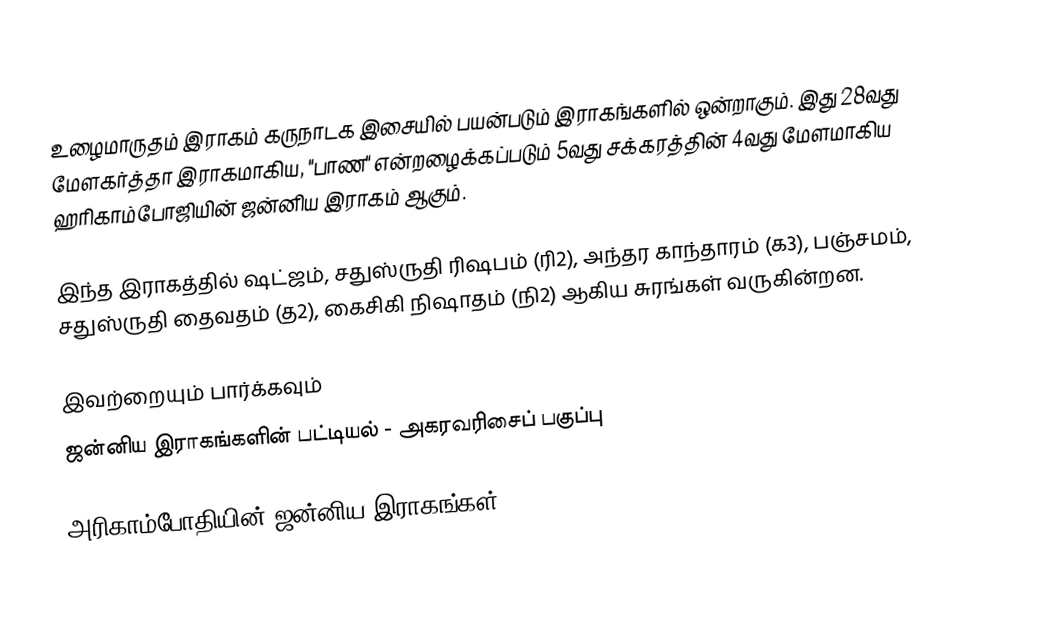
உழைமாருதம் இராகம் கருநாடக இசையில் பயன்படும் இராகங்களில் ஒன்றாகும். இது 28வது மேளகர்த்தா இராகமாகிய, "பாண" என்றழைக்கப்படும் 5வது சக்கரத்தின் 4வது மேளமாகிய ஹரிகாம்போஜியின் ஜன்னிய இராகம் ஆகும்.

இந்த இராகத்தில் ஷட்ஜம், சதுஸ்ருதி ரிஷபம் (ரி2),  அந்தர காந்தாரம் (க3),  பஞ்சமம், சதுஸ்ருதி தைவதம் (த2), கைசிகி நிஷாதம்  (நி2) ஆகிய சுரங்கள் வருகின்றன.

இவற்றையும் பார்க்கவும்
 ஜன்னிய இராகங்களின் பட்டியல் - அகரவரிசைப் பகுப்பு

அரிகாம்போதியின் ஜன்னிய இராகங்கள்